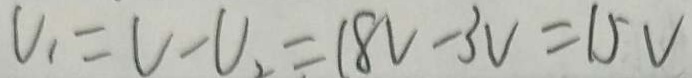
V _ { 1 } = V - V _ { 2 } = 1 8 V - 3 V = 1 5 V